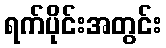
ရက်ပိုင်းအတွင်း